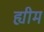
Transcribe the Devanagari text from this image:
ह्यीम